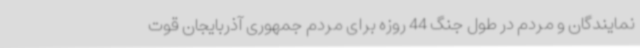
نمایندگان و مردم در طول جنگ 44 روزه برای مردم جمهوری آذربایجان قوت